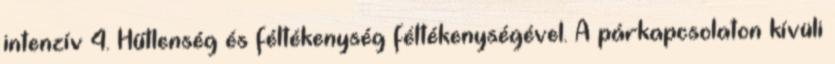
intenzív 4. Hűtlenség és féltékenység féltékenységével. A párkapcsolaton kívüli